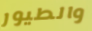
والطيور